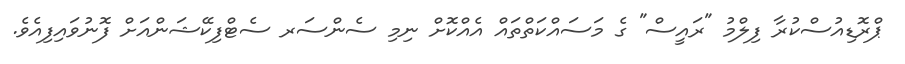
ޕްރޮޑިއުސްކުރާ ފިލްމު "ރައީސް" ގެ މަސައްކަތްތައް އެއްކޮށް ނިމި ސެންސަރ ސެޓްފިކޭޝަންއަށް ފޮނުވައިފިއެވެ.